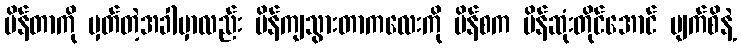
ပိန်တာကို မှတ်တဲ့အခါမှာလည်း ပိန်ကျသွားတာကလေးကို ပိန်စက ပိန်ဆုံးတိုင်အောင် မျက်စိနဲ့